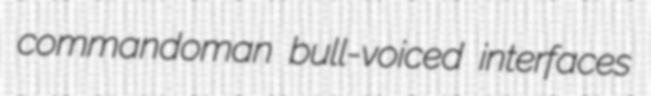
commandoman bull-voiced interfaces